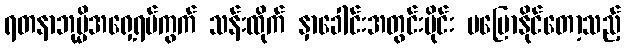
ရတနာဘုမ္မိအရှေ့ရပ်ကွက် သန်းထိုက် နှာခေါင်းအတွင်းပိုင်း မပြောနိုင်တော့သည့်